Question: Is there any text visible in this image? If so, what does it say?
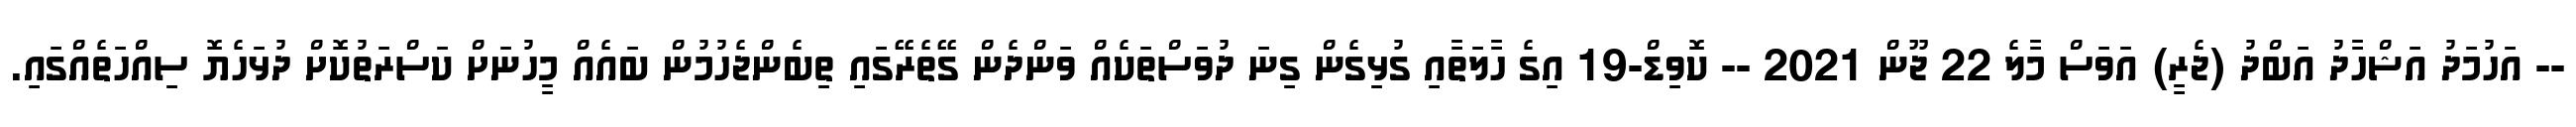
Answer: -- އަހުމަދު އަޝްހާދު އަބްދު (ޖެރީ) އަވަސް މާލެ 22 ޖޫން 2021 -- ކޮވިޑް-19 އިގެ ހާލަތާއި ގުޅިގެން ގިނަ ދުވަސްތަކެއް ވަންދެން ގޭތެރޭގައި ތިބެންޖެހުމުން ބައެއް މީހުނަށް ކަސްރަތުކޮށް ދުޅަހެޔޮ ސިއްހަތެއްގައި.